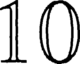
10